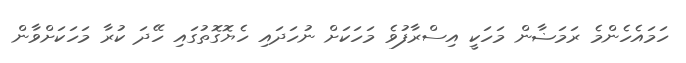
ހަމައެހެންމެ ރަމަޟާން މަހަކީ އިސްރާފުވެ މަހަކަށް ނުހަދައި ހެޔޮގޮތުގައި ހޭދަ ކުރާ މަހަކަށްވާން